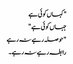
" کہاں کوئی ہے
جہاں کوئی ہے "
" حوصلہ رہے نہ رہے
رابطہ رہے نہ رہے ۔